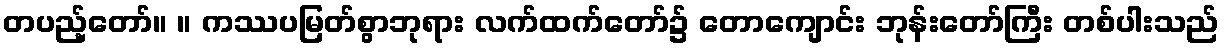
တပည့်တော်။ ။ ကဿပမြတ်စွာဘုရား လက်ထက်တော်၌ တောကျောင်း ဘုန်းတော်ကြီး တစ်ပါးသည်